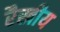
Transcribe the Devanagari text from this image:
रैखीय